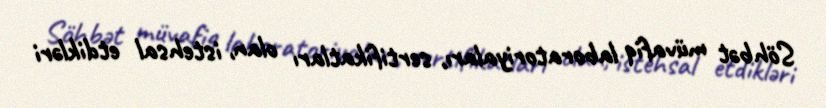
Söhbət müvafiq laboratoriyaları, sertifikatları olan, istehsal etdikləri